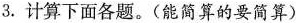
3.计算下面各题。(能简算的要简算)